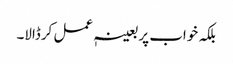
بلکہ خواب پر بعینہٖ عمل کرڈالا۔